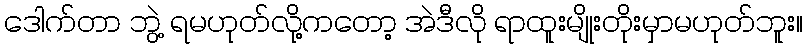
ဒေါက်တာ ဘွဲ့ ရမဟုတ်လို့ကတော့ အဲဒီလို ရာထူးမျိုးတိုးမှာမဟုတ်ဘူး။